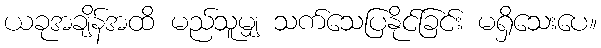
ယခုအချိန်အထိ မည်သူမျှ သက်သေပြနိုင်ခြင်း မရှိသေးပေ။